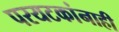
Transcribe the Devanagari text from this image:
परयटकांनाही